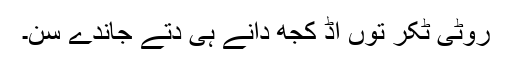
روٹی ٹُکر توں اڈ کُجھ دانے ہی دتے جاندے سن۔